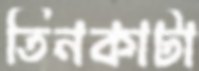
তিনকাটা